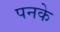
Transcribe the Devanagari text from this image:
पनके